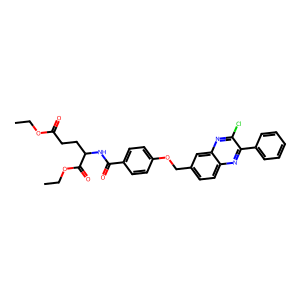
SMILES: CCOC(=O)CCC(NC(=O)c1ccc(OCc2ccc3nc(-c4ccccc4)c(Cl)nc3c2)cc1)C(=O)OCC
Inhibits HIV replication: No